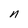
Character: n